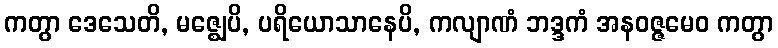
ကတွာ ဒေသေတိ, မဇ္ဈေပိ, ပရိယောသာနေပိ, ကလျာဏံ ဘဒ္ဒကံ အနဝဇ္ဇမေဝ ကတွာ